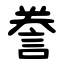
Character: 誊